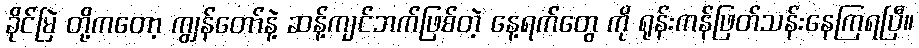
ခိုင်မြဲ တို့ကတော့ ကျွန်တော်နဲ့ ဆန့်ကျင်ဘက်ဖြစ်တဲ့ နေ့ရက်တွေ ကို ရုန်းကန်ဖြတ်သန်းနေကြရပြီ။